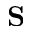
{ \bf S }